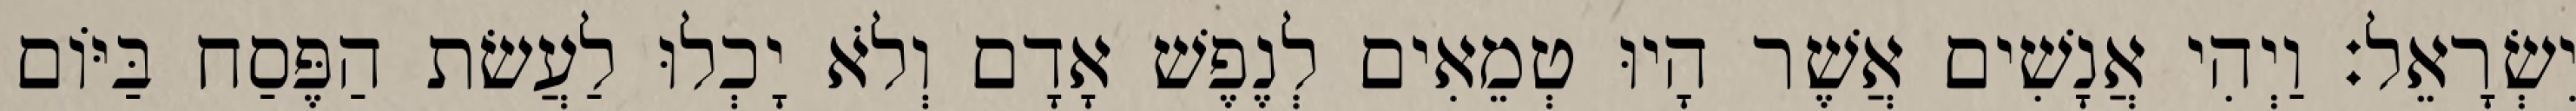
יִשְׂרָאֵל׃ וַיְהִי אֲנָשִׁים אֲשֶׁר הָיוּ טְמֵאִים לְנֶפֶשׁ אָדָם וְלֹא יָכְלוּ לַעֲשׂת הַפֶּסַח בַּיּוֹם